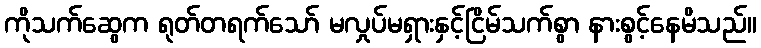
ကိုသက်ဆွေက ရုတ်တရက်သော် မလှုပ်မရှားနှင့်ငြိမ်သက်စွာ နားစွင့်နေမိသည်။